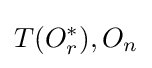
T(O_{r}^{*}),O_{n}